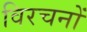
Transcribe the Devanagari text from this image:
विरचनों